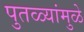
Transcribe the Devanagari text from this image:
पुतळ्यांमुळे